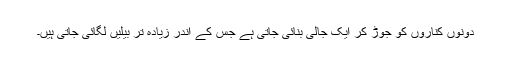
دونوں کناروں کو جوڑ کر ایک جالی بنائی جاتی ہے جس کے اندر زیادہ تر بیلیں لگائی جاتی ہیں۔